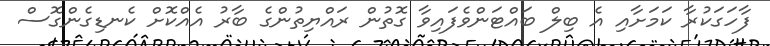
ފާހަގަކުރާ ކަމަށާއި އެ ބިލް ބައްޓަންވެފައިވާ ގޮތުން ރައްޔިތުންގެ ބާރު އެއްކޮށް ކެނޑިގެންގޮސް